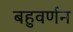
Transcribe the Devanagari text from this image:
बहुवर्णन